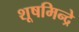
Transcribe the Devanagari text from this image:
शूषमिन्द्रे